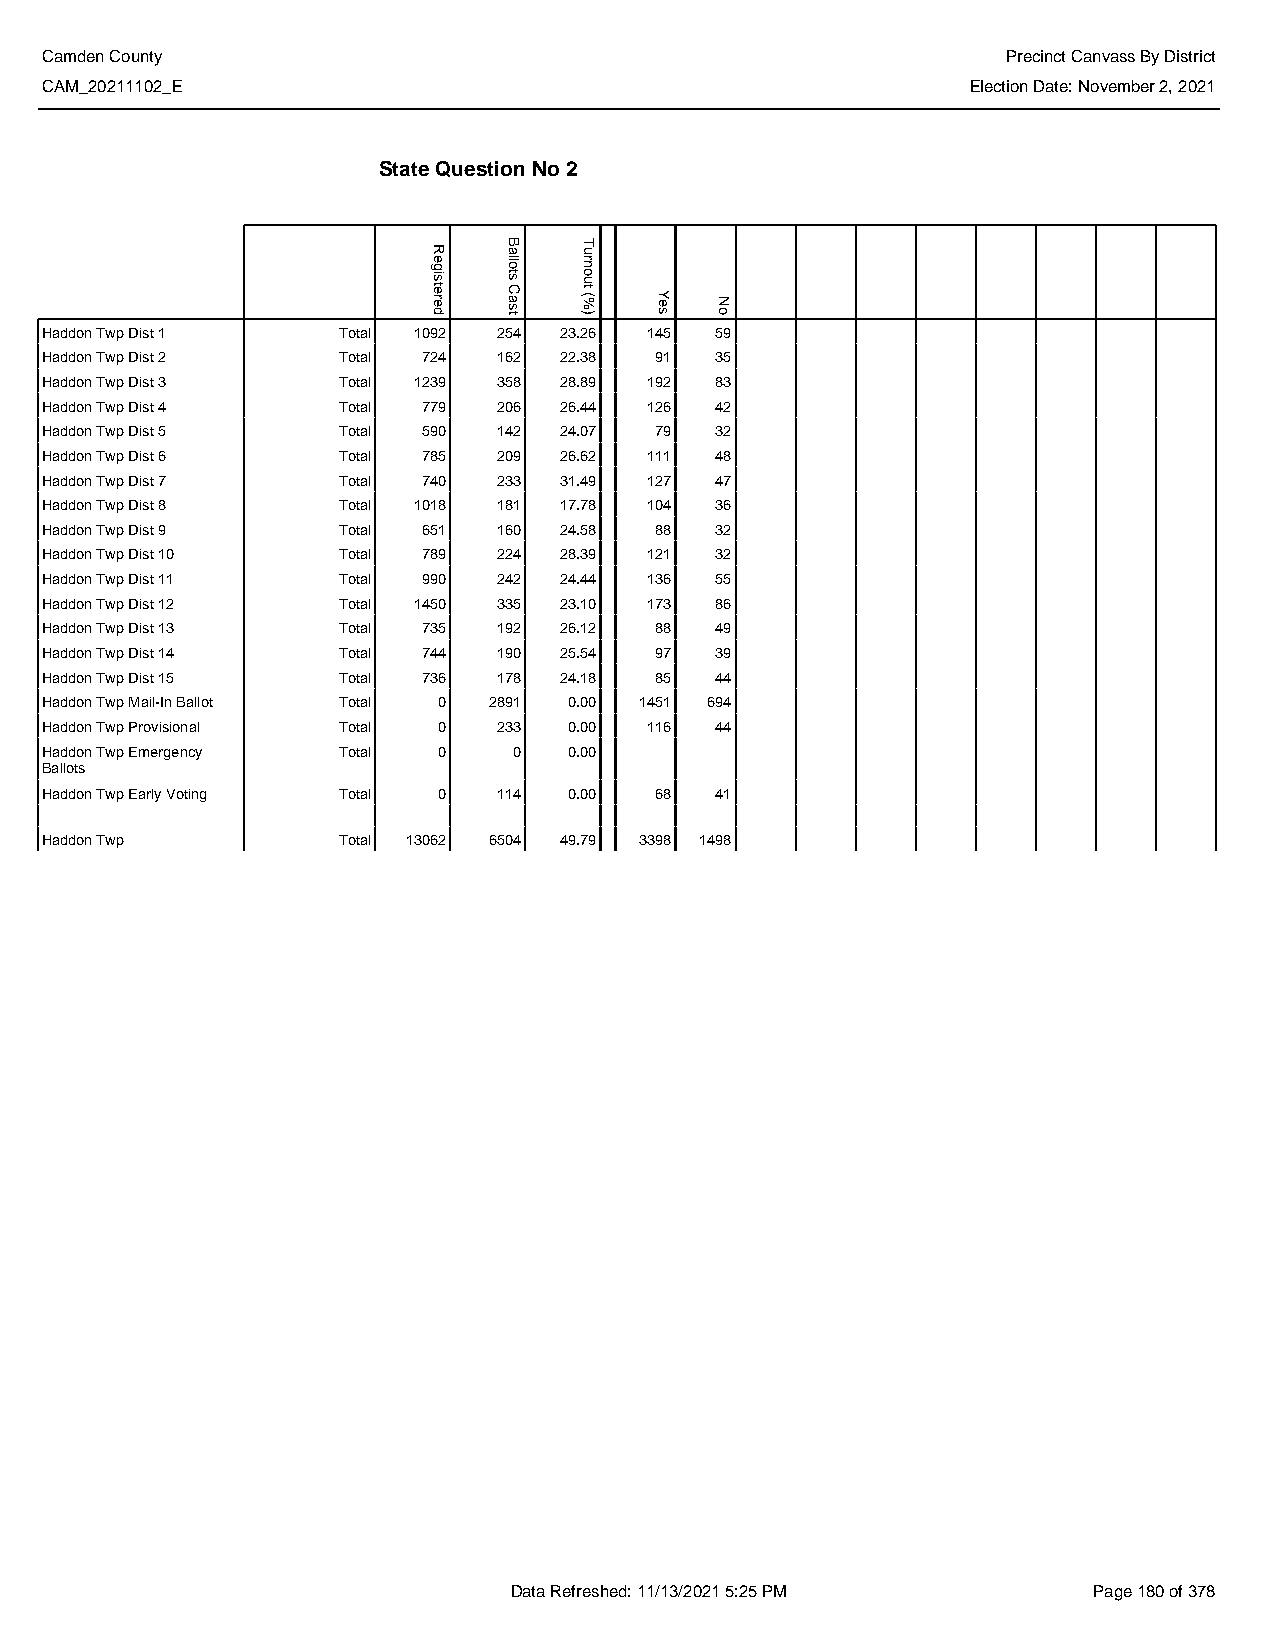
Camden County                                                   Precinct Canvass By District
 CAM_20211102_E                                               Election Date: November 2, 2021
 State Question No 2
 Haddon Twp Dist 1  Total 1092 254 23.26 145 59
 Haddon Twp Dist 2  Total 724  162 22.38 91  35
 Haddon Twp Dist 3  Total 1239 358 28.89 192 83
 Haddon Twp Dist 4  Total 779  206 26.44 126 42
 Haddon Twp Dist 5  Total 590  142 24.07 79  32
 Haddon Twp Dist 6  Total 785  209 26.62 111 48
 Haddon Twp Dist 7  Total 740  233 31.49 127 47
 Haddon Twp Dist 8  Total 1018 181 17.78 104 36
 Haddon Twp Dist 9  Total 651  160 24.58 88  32
 Haddon Twp Dist 10 Total 789  224 28.39 121 32
 Haddon Twp Dist 11 Total 990  242 24.44 136 55
 Haddon Twp Dist 12 Total 1450 335 23.10 173 86
 Haddon Twp Dist 13 Total 735  192 26.12 88  49
 Haddon Twp Dist 14 Total 744  190 25.54 97  39
 Haddon Twp Dist 15 Total 736  178 24.18 85  44
 Haddon Twp Mail-In Ballot Total 0 2891 0.00 1451 694
 Haddon Twp Provisional Total 0 233 0.00 116 44
 Haddon Twp Emergency Total 0   0   0.00
 Ballots
 Haddon Twp Early Voting Total 0 114 0.00 68 41
 Haddon Twp         Total 13062 6504 49.79 3398 1498
 Data Refreshed: 11/13/2021 5:25 PM    Page 180 of 378
 Registered
 Ballots
 Cast
 Turnout
 (%)  Yes No